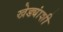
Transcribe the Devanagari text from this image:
खेड्यांशी